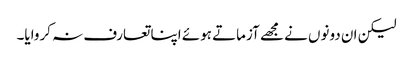
لیکن ان دونوں نے مجھے آزماتے ہوئے اپنا تعارف نہ کروایا۔